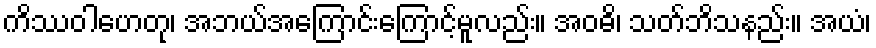
ကိဿဝါဟေတု၊ အဘယ်အကြောင်းကြောင့်မူလည်း။ အဝဓိ၊ သတ်ဘိသနည်း။ အယံ၊